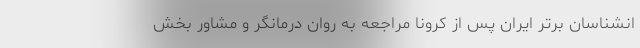
انشناسان برتر ایران پس از کرونا مراجعه به روان درمانگر و مشاور بخش